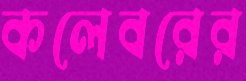
কলেবরের